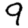
Digit: 9